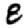
Digit: 8